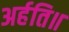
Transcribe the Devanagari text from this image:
अर्हति॥